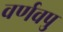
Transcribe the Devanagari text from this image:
वर्णवपु